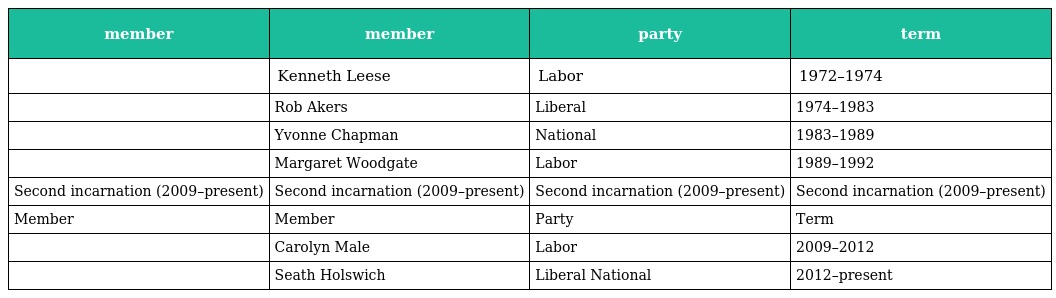
| member | member | party | term |
 | --- | --- | --- | --- |
 |  | Kenneth Leese | Labor | 1972–1974 |
 |  | Rob Akers | Liberal | 1974–1983 |
 |  | Yvonne Chapman | National | 1983–1989 |
 |  | Margaret Woodgate | Labor | 1989–1992 |
 | Second incarnation (2009–present) | Second incarnation (2009–present) | Second incarnation (2009–present) | Second incarnation (2009–present) |
 | Member | Member | Party | Term |
 |  | Carolyn Male | Labor | 2009–2012 |
 |  | Seath Holswich | Liberal National | 2012–present |